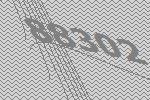
88302